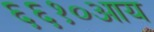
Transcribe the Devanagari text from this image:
६६१०आय